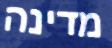
מדינה